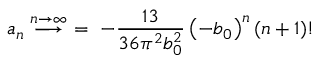
a _ { n } \stackrel { n \rightarrow \infty } { \longrightarrow } ~ = ~ - { \frac { 1 3 } { 3 6 \pi ^ { 2 } b _ { 0 } ^ { 2 } } } \left( - b _ { 0 } \right) ^ { n } ( n + 1 ) !